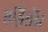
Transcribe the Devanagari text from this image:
एग़िरदिर